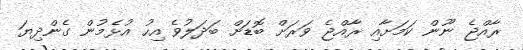
ރާއްޖެ ނޫން ކަމަށާއި ރާއްޖެ ވަރަށް ބޮޑަށް ބަދަލުވެ އިހު އުޅެމުން ގެންދިޔަ